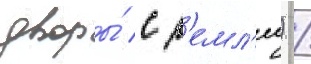
дворы́ с з'емл'еи) /